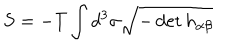
S = - T \int d ^ { 3 } \sigma \sqrt { - \det h _ { \alpha \beta } }